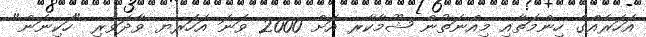
އަހަރެއްގެ ހިންމަތާއި މިއްނަތުން ޝޫމާކާރ އަށް 2000 ވަނަ އަހަރޔ ވާދަވެރި "ހަކިނަން"